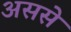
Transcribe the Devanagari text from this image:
अससे